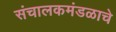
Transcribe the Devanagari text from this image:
संचालकमंडळाचे